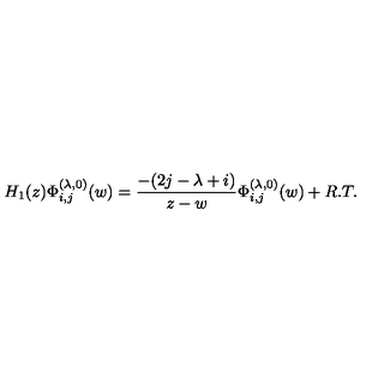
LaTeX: H _ { 1 } ( z ) \Phi _ { i , j } ^ { ( \lambda , 0 ) } ( w ) = \frac { - ( 2 j - \lambda + i ) } { z - w } \Phi _ { i , j } ^ { ( \lambda , 0 ) } ( w ) + R . T .